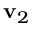
\mathbf { v } _ { 2 }